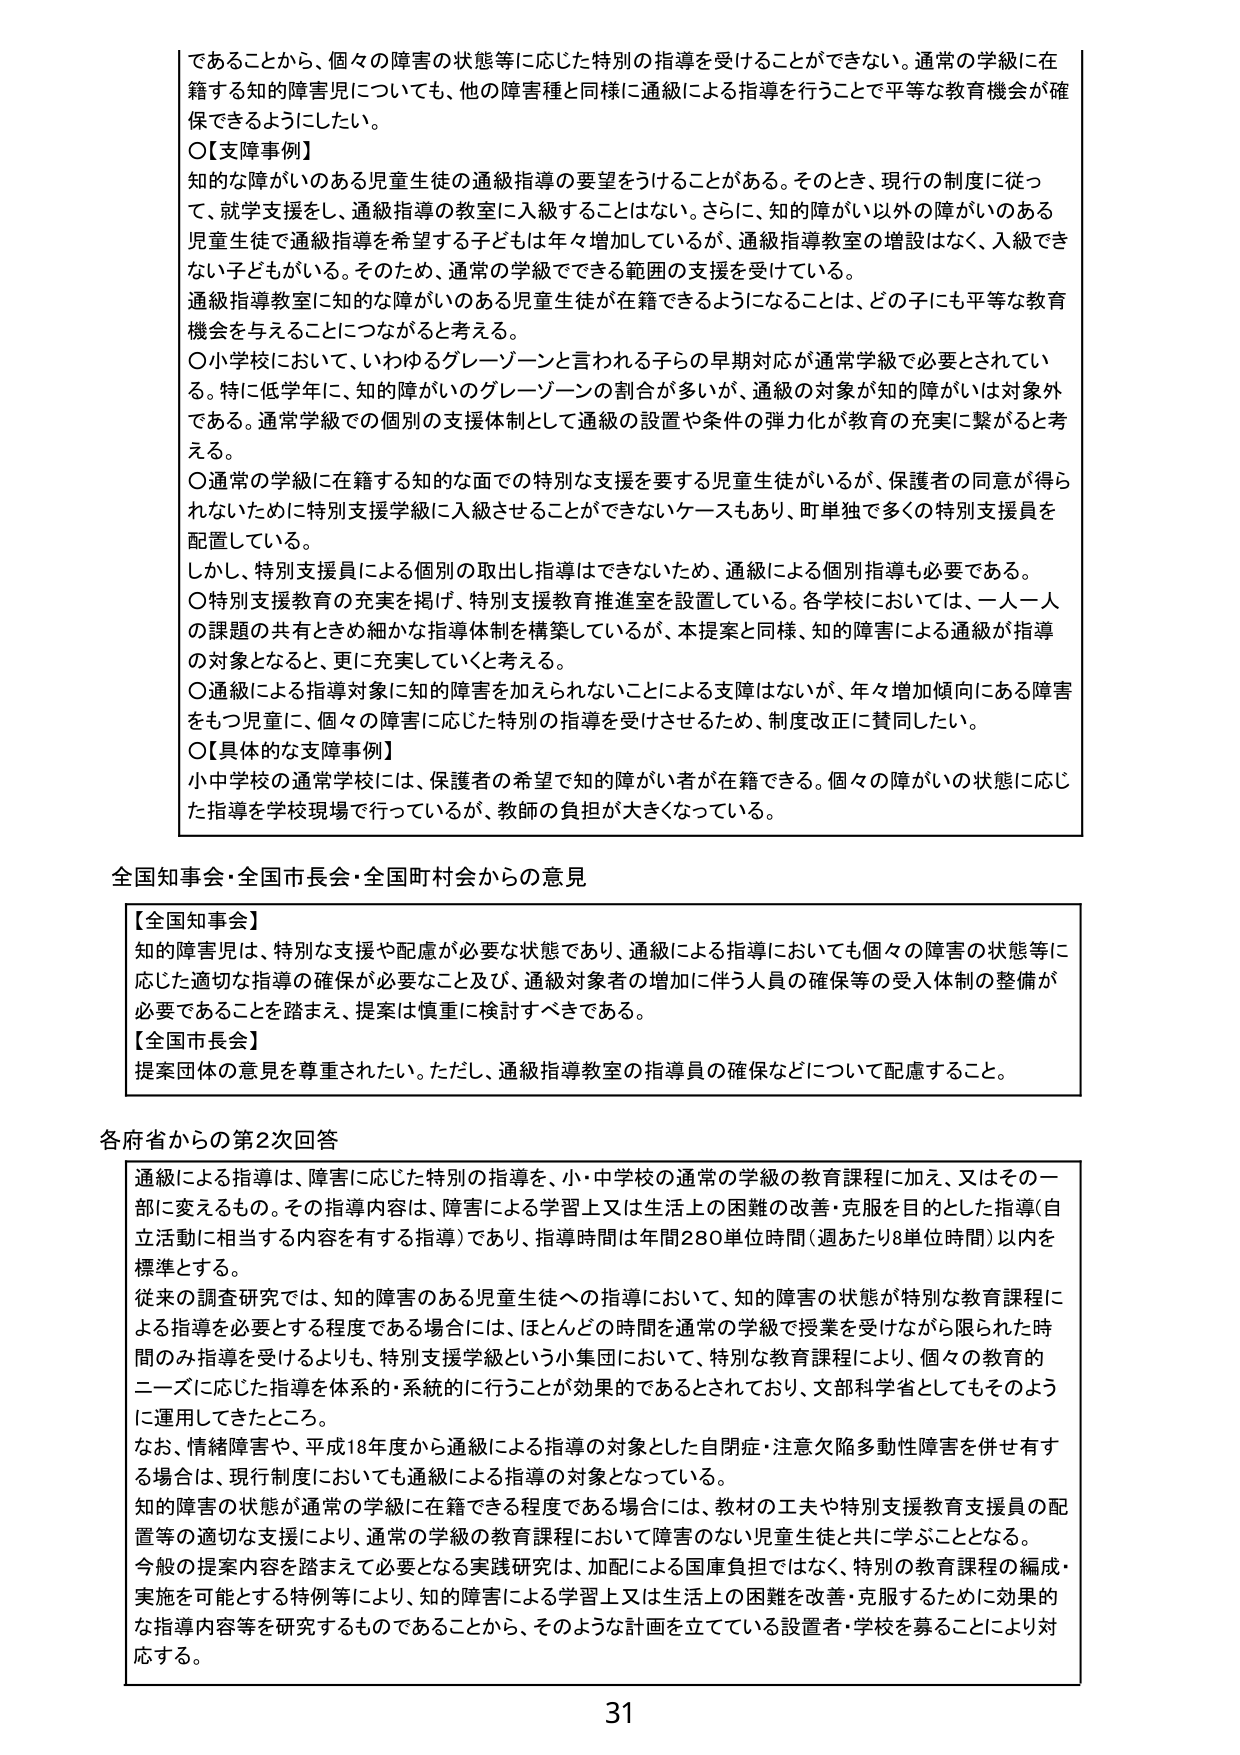
であることから、個々の障害の状態等に応じた特別の指導を受けることができない。通常の学級に在籍する知的障害児についても、他の障害種と同様に通級による指導を行うことで平等な教育機会が確保できるようにしたい。

〇【支障事例】
知的な障がいのある児童生徒の通級指導の要望をうけることがある。そのとき、現行の制度に従って、就学支援をし、通級指導の教室に入級することはない。さらに、知的障がい以外の障がいのある児童生徒で通級指導を希望する子どもは年々増加しているが、通級指導教室の増設はなく、入級できない子どももがいる。そのため、通常の学級でできる範囲の支援を受けている。
通級指導教室に知的な障がいのある児童生徒が在籍できるようになることは、どの子にも平等な教育機会を与えることにつながると考える。

〇小学校において、いわゆるグレーゾーンと言われる子らの早期対応が通常学級で必要とされている。特に低学年に、知的障がいのグレーゾーンの割合が多いが、通級の対象が知的障がいは対象外である。通常学級での個別の支援体制として通級の設置や条件の弾力化が教育の充実に繋がると考える。

〇通常の学級に在籍する知的な面での特別な支援を要する児童生徒がいるが、保護者の同意が得られないために特別支援学級に入級させることができないケースもあり、町単独で多くの特別支援員を配置している。
しかし、特別支援員による個別の取出し指導はできないため、通級による個別指導も必要である。

〇特別支援教育の充実を掲げ、特別支援教育推進室を設置している。各学校においては、一人一人の課題の共有ときめ細かな指導体制を構築しているが、本提案と同様、知的障害による通級が指導の対象となると、更に充実していくと考える。

〇通級による指導対象に知的障害を加えられないことによる支障はないが、年々増加傾向にある障害をもつ児童に、個々の障害に応じた特別の指導を受けさせるため、制度改正に賛同したい。

〇【具体的な支障事例】
小中学校の通常学校には、保護者の希望で知的障がい者が在籍できる。個々の障がいの状態に応じた指導を学校現場で行っているが、教師の負担が大きくなっている。

全国知事会・全国市長会・全国町村会からの意見

【全国知事会】
知的障害児は、特別な支援や配慮が必要な状態であり、通級による指導においても個々の障害の状態等に応じた適切な指導の確保が必要なこと及び、通級対象者の増加に伴う人員の確保等の受入体制の整備が必要であることを踏まえ、提案は慎重に検討すべきである。

【全国市長会】
提案団体の意見を尊重されたい。ただし、通級指導教室の指導員の確保などについて配慮すること。

各府省からの第2次回答

通級による指導は、障害に応じた特別の指導を、小・中学校の通常の学級の教育課程に加え、又はその一部に変えるもの。その指導内容は、障害による学習上又は生活上の困難の改善・克服を目的とした指導（自立活動に相当する内容を有する指導）であり、指導時間は年間280単位時間（週あたり8単位時間）以内を標準とする。

従来の調査研究では、知的障害のある児童生徒への指導において、知的障害の状態が特別な教育課程による指導を必要とする程度である場合には、ほとんどの時間を通常の学級で授業を受けながら限られた時間のみ指導を受けるよりも、特別支援学級という小集団において、特別な教育課程により、個々の教育的ニーズに応じた指導を体系的・系統的に行うことが効果的であるとされており、文部科学省としてもそのように運用してきたところ。

なお、情緒障害や、平成18年度から通級による指導の対象とした自閉症・注意欠陥多動性障害を併せ有する場合は、現行制度においても通級による指導の対象となっている。

知的障害の状態が通常の学級に在籍できる程度である場合には、教材の工夫や特別支援教育支援員の配置等の適切な支援により、通常の学級の教育課程において障害のない児童生徒と共に学ぶこととなる。

今般の提案内容を踏まえて必要となる実践研究は、加配による国庫負担ではなく、特別の教育課程の編成・実施を可能とする特例等により、知的障害による学習上又は生活上の困難を改善・克服するために効果的な指導内容等を研究するものであることから、そのような計画を立てている設置者・学校を募ることにより対応する。

31